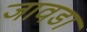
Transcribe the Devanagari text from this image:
जावडा